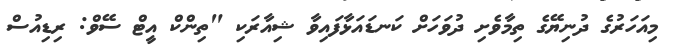
މިއަހަރުގެ ދުނިޔޭގެ ތިމާވެށި ދުވަހަށް ކަނޑައަޅާފައިވާ ޝިއާރަކި "ތިންކް އީޓް ސޭވް: ރިޑިއުސް